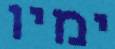
ימיו